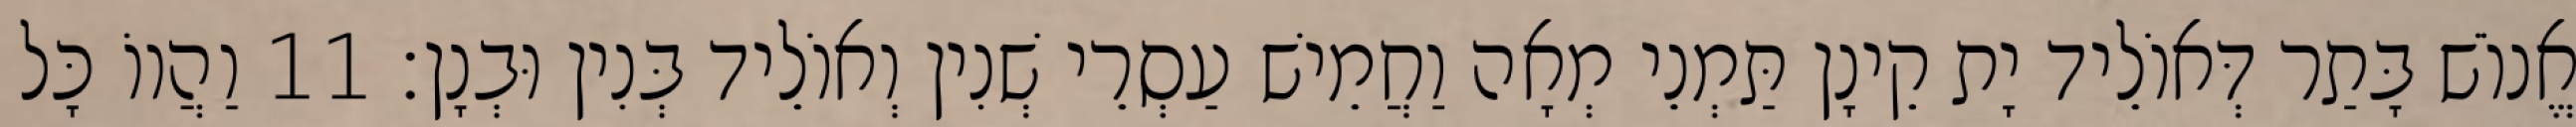
אֱנוֹשׁ בָּתַר דְּאוֹלֵיד יָת קֵינָן תַּמְנֵי מְאָה וַחֲמֵישׁ עַסְרֵי שְׁנִין וְאוֹלֵיד בְּנִין וּבְנָן׃ 11 וַהֲווֹ כָּל